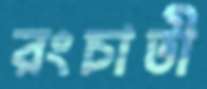
রংচাতী